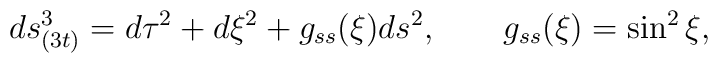
ds_{(3t)}^{3}=d\tau ^{2}+d\xi ^{2}+g_{ss}(\xi )ds^{2},\qquad g_{ss}(\xi)=\sin ^{2}\xi ,